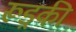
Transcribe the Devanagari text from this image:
रूड़्की